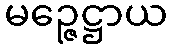
မဉ္ဇေဋ္ဌာယ